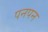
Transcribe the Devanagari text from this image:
पनपन